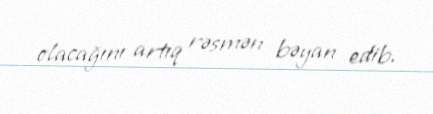
olacağını artıq rəsmən bəyan edib.